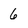
Character: 6